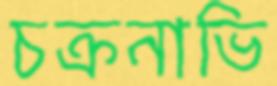
চক্রনাভি